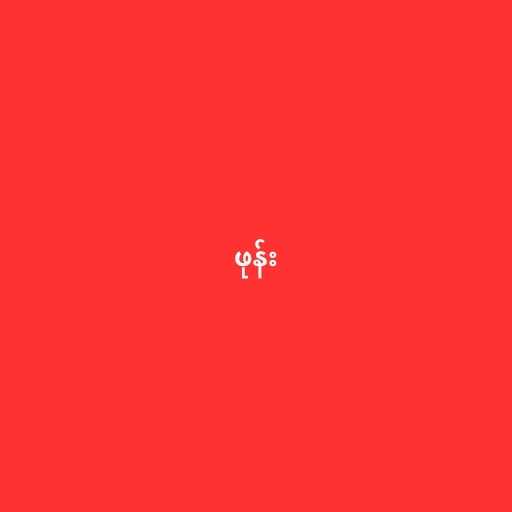
ဖုန်း